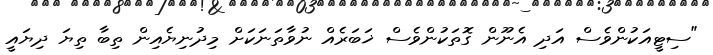
"ސިޓީއަކުންވެސް އަދި އެނޫން ގޮތަކުންވެސް ޚަބަރެއް ނުވާތަނަކަށް މިދުނިޔެއިން ތިބާ ތިޔަ ދިޔައީ